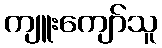
ကျူးကျော်သူ